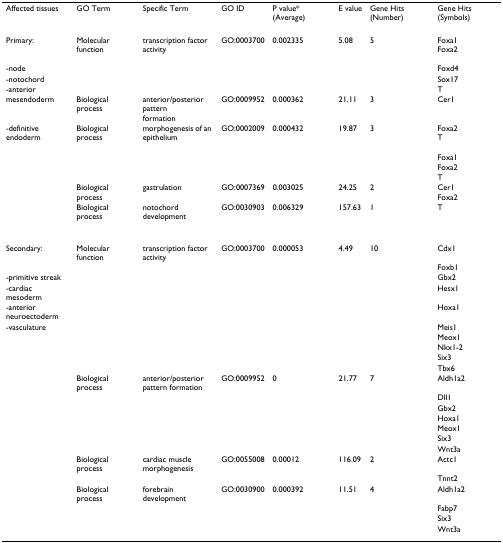
<table><thead><tr><td><b>Affected tissues</b></td><td><b>GO Term</b></td><td><b>Specific Term</b></td><td><b>GO ID</b></td><td><b>P value* (Average)</b></td><td><b>E value</b></td><td><b>Gene Hits (Number)</b></td><td><b>Gene Hits (Symbols)</b></td></tr></thead><tbody><tr><td>Primary:</td><td>Molecular function</td><td>transcription factor activity</td><td>GO:0003700</td><td>0.002335</td><td>5.08</td><td>5</td><td>Foxa1Foxa2</td></tr><tr><td>-node</td><td></td><td></td><td></td><td></td><td></td><td></td><td>Foxd4</td></tr><tr><td>-notochord</td><td></td><td></td><td></td><td></td><td></td><td></td><td>Sox17</td></tr><tr><td>-anterior</td><td></td><td></td><td></td><td></td><td></td><td></td><td>T</td></tr><tr><td>mesendoderm</td><td>Biological process</td><td>anterior/posterior patternformation</td><td>GO:0009952</td><td>0.000362</td><td>21.11</td><td>3</td><td>Cer1</td></tr><tr><td>-definitive endoderm</td><td>Biological process</td><td>morphogenesis of an epithelium</td><td>GO:0002009</td><td>0.000432</td><td>19.87</td><td>3</td><td>Foxa2T</td></tr><tr><td></td><td></td><td></td><td></td><td></td><td></td><td></td><td>Foxa1</td></tr><tr><td></td><td></td><td></td><td></td><td></td><td></td><td></td><td>Foxa2</td></tr><tr><td></td><td></td><td></td><td></td><td></td><td></td><td></td><td>T</td></tr><tr><td></td><td>Biological process</td><td>gastrulation</td><td>GO:0007369</td><td>0.003025</td><td>24.25</td><td>2</td><td>Cer1Foxa2</td></tr><tr><td></td><td>Biological process</td><td>notochord development</td><td>GO:0030903</td><td>0.006329</td><td>157.63</td><td>1</td><td>T</td></tr><tr><td>Secondary:</td><td>Molecular function</td><td>transcription factor activity</td><td>GO:0003700</td><td>0.000053</td><td>4.49</td><td>10</td><td>Cdx1</td></tr><tr><td></td><td></td><td></td><td></td><td></td><td></td><td></td><td>Foxb1</td></tr><tr><td>-primitive streak</td><td></td><td></td><td></td><td></td><td></td><td></td><td>Gbx2</td></tr><tr><td>-cardiac mesoderm</td><td></td><td></td><td></td><td></td><td></td><td></td><td>Hesx1</td></tr><tr><td>-anterior neuroectoderm</td><td></td><td></td><td></td><td></td><td></td><td></td><td>Hoxa1</td></tr><tr><td>-vasculature</td><td></td><td></td><td></td><td></td><td></td><td></td><td>Meis1</td></tr><tr><td></td><td></td><td></td><td></td><td></td><td></td><td></td><td>Meox1</td></tr><tr><td></td><td></td><td></td><td></td><td></td><td></td><td></td><td>Nkx1-2</td></tr><tr><td></td><td></td><td></td><td></td><td></td><td></td><td></td><td>Six3</td></tr><tr><td></td><td></td><td></td><td></td><td></td><td></td><td></td><td>Tbx6</td></tr><tr><td></td><td>Biological process</td><td>anterior/posterior pattern formation</td><td>GO:0009952</td><td>0</td><td>21.77</td><td>7</td><td>Aldh1a2</td></tr><tr><td></td><td></td><td></td><td></td><td></td><td></td><td></td><td>Dll1</td></tr><tr><td></td><td></td><td></td><td></td><td></td><td></td><td></td><td>Gbx2</td></tr><tr><td></td><td></td><td></td><td></td><td></td><td></td><td></td><td>Hoxa1</td></tr><tr><td></td><td></td><td></td><td></td><td></td><td></td><td></td><td>Meox1</td></tr><tr><td></td><td></td><td></td><td></td><td></td><td></td><td></td><td>Six3</td></tr><tr><td></td><td></td><td></td><td></td><td></td><td></td><td></td><td>Wnt3a</td></tr><tr><td></td><td>Biological process</td><td>cardiac muscle morphogenesis</td><td>GO:0055008</td><td>0.00012</td><td>116.09</td><td>2</td><td>Actc1</td></tr><tr><td></td><td></td><td></td><td></td><td></td><td></td><td></td><td>Tnnt2</td></tr><tr><td></td><td>Biological process</td><td>forebrain development</td><td>GO:0030900</td><td>0.000392</td><td>11.51</td><td>4</td><td>Aldh1a2</td></tr><tr><td></td><td></td><td></td><td></td><td></td><td></td><td></td><td>Fabp7</td></tr><tr><td></td><td></td><td></td><td></td><td></td><td></td><td></td><td>Six3</td></tr><tr><td></td><td></td><td></td><td></td><td></td><td></td><td></td><td>Wnt3a</td></tr></tbody></table>